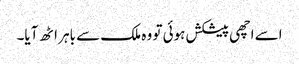
اسے اچھی پیشکش ہوئی تو وہ ملک سے باہر اٹھ آیا۔